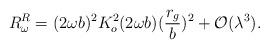
LaTeX: \begin{align*}R^R_\omega=(2\omega b)^2 K^2_o(2\omega b)(\frac{r_g}{b})^2+{\cal O}(\lambda^3).\end{align*}